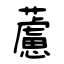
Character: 藘